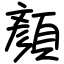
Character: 顏